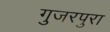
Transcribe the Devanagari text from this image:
गुजरपुरा